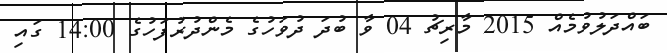
ބައްދަލުވުމެއް 2015 މާރިޗު 04 ވާ ބުދަ ދުވަހުގެ މެންދުރުފަހުގެ 14:00 ގައި